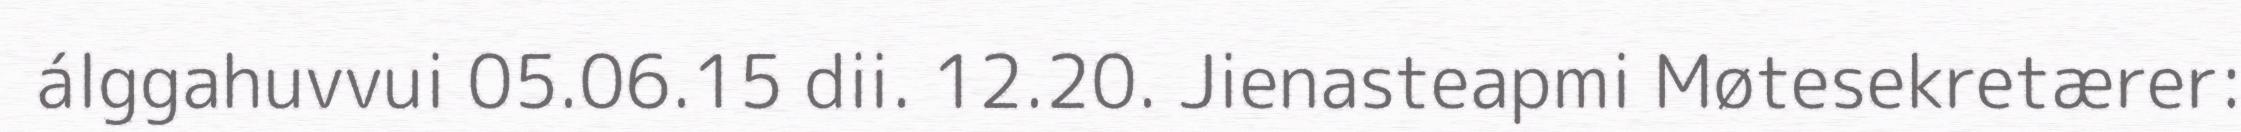
álggahuvvui 05.06.15 dii. 12.20. Jienasteapmi Møtesekretærer: